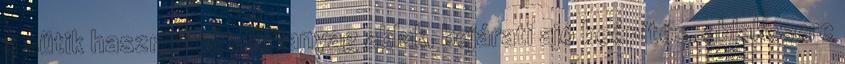
a sütik használatát. Műanyag ablak, bejárati ajó beépítés, ablakcsere